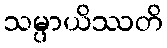
သမ္ပာယိဿတိ